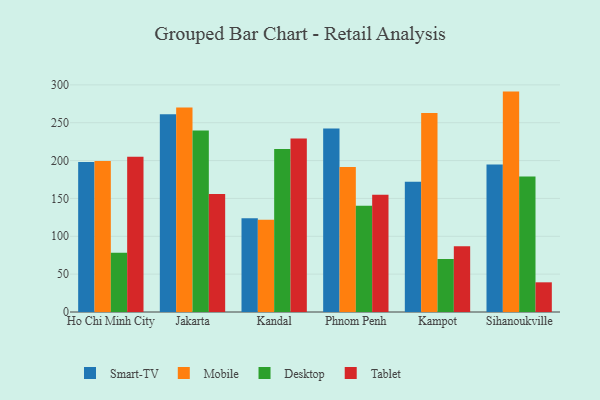
{"axis": {"x": "City", "y": "Market Share (%)"}, "legend": ["Desktop", "Mobile", "Smart-TV", "Tablet"], "data": [{"x": "Ho Chi Minh City", "y": 198.2, "type": "Smart-TV"}, {"x": "Ho Chi Minh City", "y": 199.5, "type": "Mobile"}, {"x": "Ho Chi Minh City", "y": 78.2, "type": "Desktop"}, {"x": "Ho Chi Minh City", "y": 205.1, "type": "Tablet"}, {"x": "Jakarta", "y": 261.1, "type": "Smart-TV"}, {"x": "Jakarta", "y": 270.0, "type": "Mobile"}, {"x": "Jakarta", "y": 239.7, "type": "Desktop"}, {"x": "Jakarta", "y": 155.8, "type": "Tablet"}, {"x": "Kandal", "y": 123.8, "type": "Smart-TV"}, {"x": "Kandal", "y": 121.7, "type": "Mobile"}, {"x": "Kandal", "y": 215.4, "type": "Desktop"}, {"x": "Kandal", "y": 229.0, "type": "Tablet"}, {"x": "Phnom Penh", "y": 242.3, "type": "Smart-TV"}, {"x": "Phnom Penh", "y": 191.5, "type": "Mobile"}, {"x": "Phnom Penh", "y": 140.2, "type": "Desktop"}, {"x": "Phnom Penh", "y": 155.0, "type": "Tablet"}, {"x": "Kampot", "y": 171.9, "type": "Smart-TV"}, {"x": "Kampot", "y": 262.7, "type": "Mobile"}, {"x": "Kampot", "y": 70.0, "type": "Desktop"}, {"x": "Kampot", "y": 86.7, "type": "Tablet"}, {"x": "Sihanoukville", "y": 194.7, "type": "Smart-TV"}, {"x": "Sihanoukville", "y": 291.1, "type": "Mobile"}, {"x": "Sihanoukville", "y": 178.9, "type": "Desktop"}, {"x": "Sihanoukville", "y": 39.2, "type": "Tablet"}]}